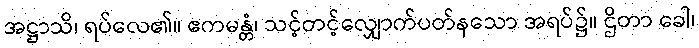
အဋ္ဌာသိ၊ ရပ်လေ၏။ ဧကမန္တံ၊ သင့်တင့်လျှောက်ပတ်နသော အရပ်၌။ ဌိတာ ခေါ၊